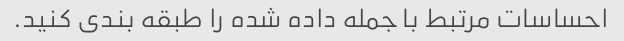
احساسات مرتبط با جمله داده شده را طبقه بندی کنید.